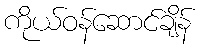
ကိုယ်ဝန်ဆောင်ချိန်